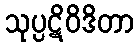
သုပ္ပဋိဝိဒိတာ